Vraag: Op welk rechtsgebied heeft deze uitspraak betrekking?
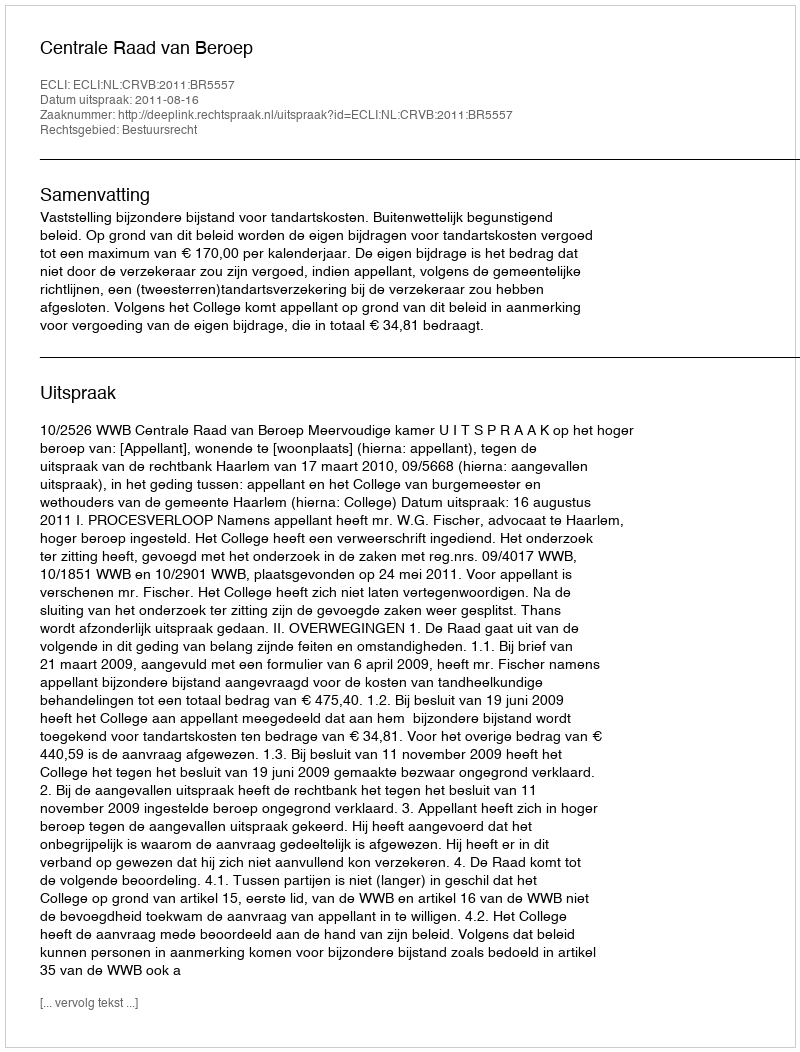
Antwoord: Bestuursrecht